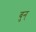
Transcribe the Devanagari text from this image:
बुन्‌